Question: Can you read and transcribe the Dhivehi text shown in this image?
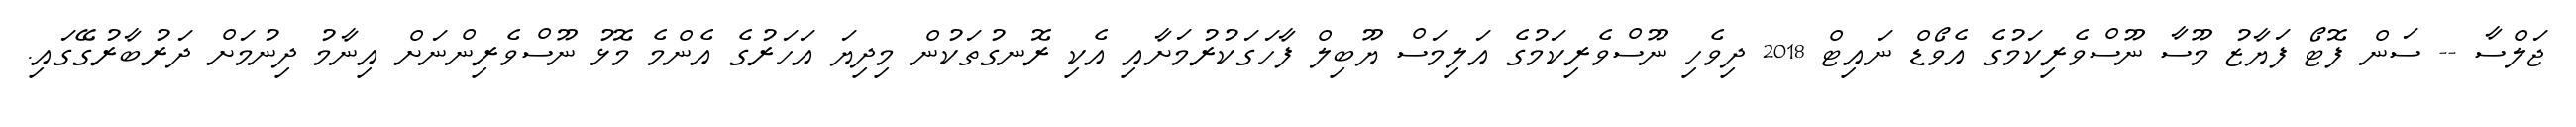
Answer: ޖަލްސާ -- ސަން ފޮޓޯ ފަޔާޒު މޫސާ ނޫސްވެރިކަމުގެ އެވޯޑް ނައިޓް 2018 ދިވެހި ނޫސްވެރިކަމުގެ އަލިމަސް ޔޫބިލް ފާހަގަކުރުމަށާއި އެކި ރޮނގުތަކުން މިދިޔަ އަހަރުގެ އެންމެ މޮޅު ނޫސްވެރިންނަށް އިނާމު ދިނުމަށް ދަރުބާރުގޭގައި.